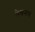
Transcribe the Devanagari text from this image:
लेखनाचं